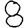
Digit: 8